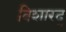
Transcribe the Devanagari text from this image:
विशारद्